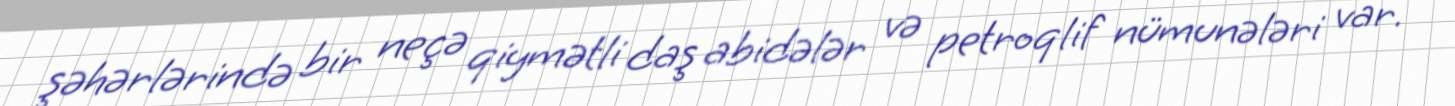
şəhərlərində bir neçə qiymətli daş abidələr və petroqlif nümunələri var.